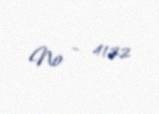
№ - 4122